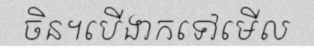
ចិន។បើងាកទៅមើល